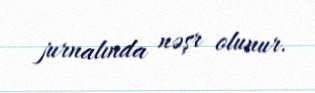
jurnalında nəşr olunur.